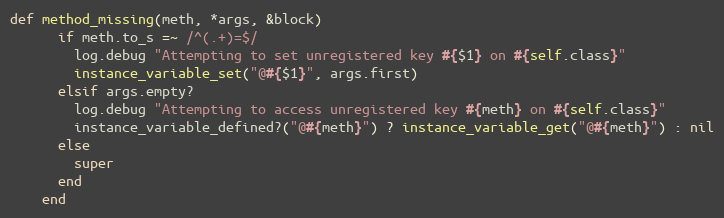
Language: Ruby
def method_missing(meth, *args, &block)
      if meth.to_s =~ /^(.+)=$/
        log.debug "Attempting to set unregistered key #{$1} on #{self.class}"
        instance_variable_set("@#{$1}", args.first)
      elsif args.empty?
        log.debug "Attempting to access unregistered key #{meth} on #{self.class}"
        instance_variable_defined?("@#{meth}") ? instance_variable_get("@#{meth}") : nil
      else
        super
      end
    end